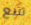
تتبع